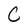
Character: C